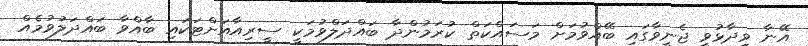
އޭނާ ވިދާޅުވީ ޖެނީވާގައި ބޭއްވުމަށް މަސައްކަތް ކުރަމުންދާ ބައްދަލްވުމަކީ ސީރިއާއަށްޓަކައި ބާއްވާ ބައްދަލުވުމެއް